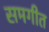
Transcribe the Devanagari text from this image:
समगीत